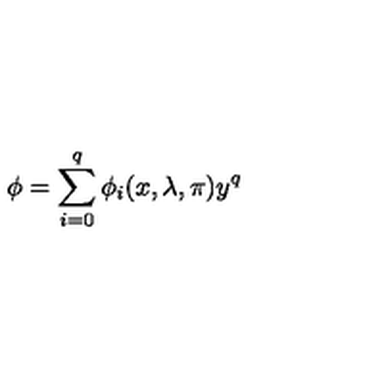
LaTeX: \phi = \sum _ { i = 0 } ^ { q } \phi _ { i } ( x , \lambda , \pi ) y ^ { q }